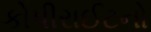
કોપીરાઈટનો